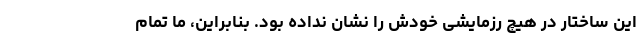
این ساختار در هیچ رزمایشی خودش را نشان نداده بود. بنابراین، ما تمام